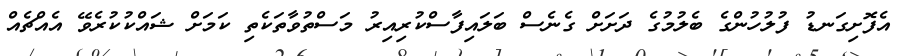
އެފޮށިގަނޑު ފުލުހުންގެ ބެލުމުގެ ދަށަށް ގެނެސް ބަލައިފާސްކުރިއިރު މަސްތުވާތަކެތި ކަމަށް ޝައްކުކުރެވޭ އެއްޗެއް